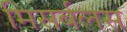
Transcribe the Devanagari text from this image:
मिसर्बलस